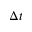
\Delta t